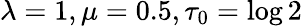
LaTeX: \lambda=1,\mu=0.5,\tau_{0}=\log 2